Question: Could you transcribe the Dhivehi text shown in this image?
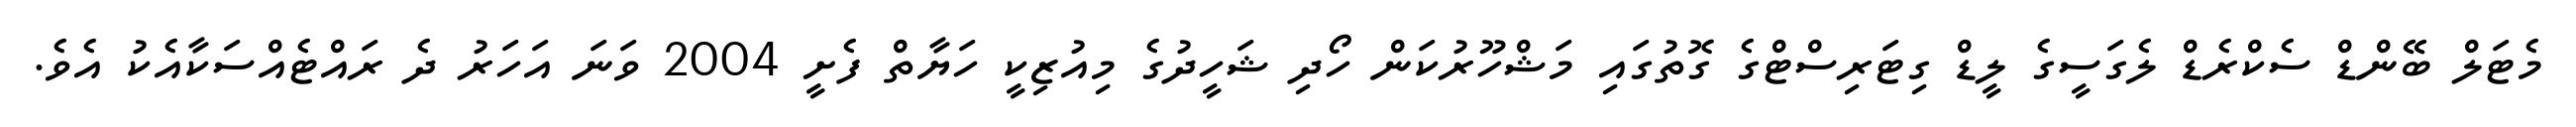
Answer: މެޓަލް ބޭންޑް ސެކްރެޑް ލެގަސީގެ ލީޑް ގިޓަރިސްޓްގެ ގޮތުގައި މަޝްހޫރުކަން ހޯދި ޝަހީދުގެ މިއުޒިކީ ހަޔާތް ފެށީ 2004 ވަނަ އަހަރު ދެ ރައްޓެއްސަކާއެކު އެވެ.